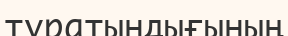
тұратындығының